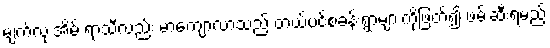
မျက်လုံးအိမ် ရာသီလည်း မာကျောလာသည် တယ်ပင်စခန်းရွာများကိုဖြတ်၍ ဖမ်းဆီးရမည့်